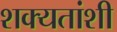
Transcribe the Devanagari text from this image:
शक्यतांशी